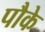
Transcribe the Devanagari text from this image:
पौके